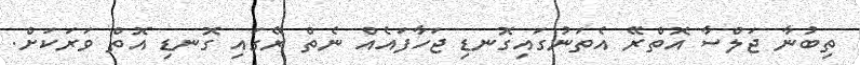
ތިބުނާ ޖަލްސާ އޮތްރޭ އެތަނުގައިގޮނޑި ޖަހާފައެއް ނެތް ރޭގައި ގޮނޑި އޮތް ވަރަކަށް.